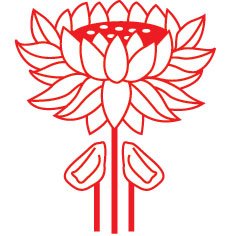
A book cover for Dreams of the Peaceful Dragon, a Journey Into Bhutan; KATIE HICKMAN; Travel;